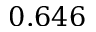
0 . 6 4 6